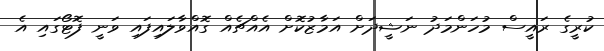
ކުރީގެ ރައީސް މުހަންމަދު ނަޝީދަށް އަމާޒުކޮށް އެއްޗެއް ގޮއްވާލައިފައި ވަނީ ފޮޓޯގައި އެ